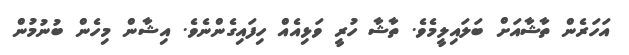
އަހަރެން ތާޝާއަށް ބަލައިލީމެވެ. ތާޝާ ހުރީ ވަޅިއެއް ހިފައިގެންނެވެ. އިޝާން މިހެން ބުނުމުން